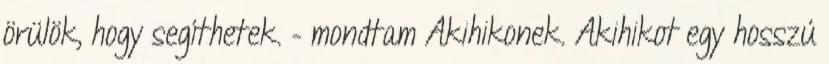
örülök, hogy segíthetek. – mondtam Akihikonek. Akihikot egy hosszú